Vital statistics of India. Vol. VI, European troops 1870-79
Year: 1870
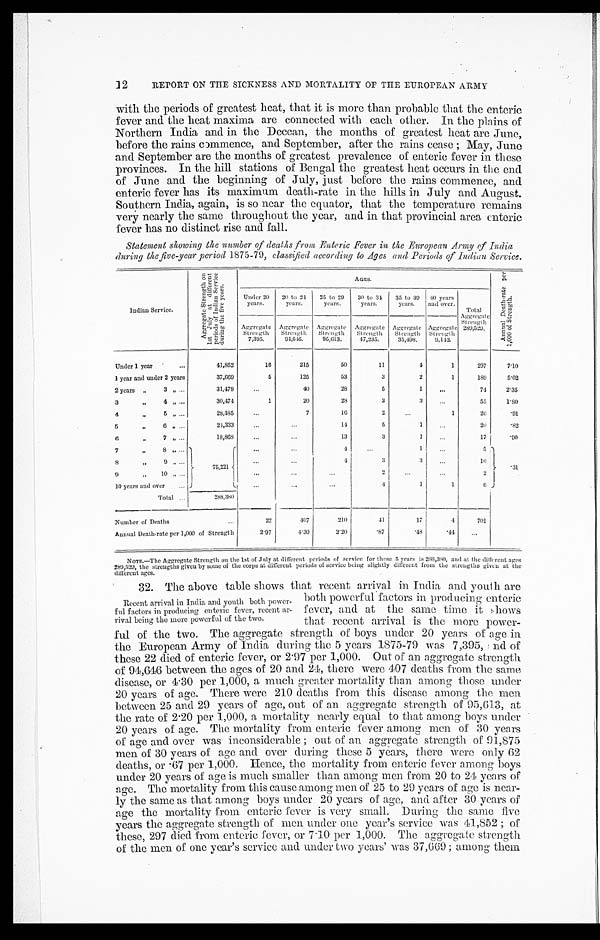
12
REPORT ON THE SICKNESS AND MORTALITY OF THE EUROPEAN ARMY
with the periods of greatest heat, that it is more than probable that the enteric
fever and the heat maxima are connected with each other. In the plains of
Northern India and in the Deccan, the months of greatest heat are June,
before the rains commence, and September, after the rains cease ; May, June
and September are the months of greatest prevalence of enteric fever in these
provinces. In the hill stations of Bengal the greatest heat occurs in the end
of June and the beginning of July, just before the rains commence, and
enteric fever has its maximum death-rate in the hills in. July and August.
Southern India, again, is so near the equator, that the temperature remains
very nearly the same throughout the year, and in that provincial area enteric
fever has no distinct rise and fall.
Statement showing the number of deaths from Enteric Fever in the European Army of India
during the five-year period 1875-79, classified according to Ages and Periods of Indian Service.
Indian Service.
Ag g r e g a t e S t r e n g t h o n
1 s t j u l y a t d i f f e r e n t p e r i o d s o f I n d i a n s e r v i c e d u r i n g t h e f i v e y e a r s .
AGES.
A n n u a l D e a t h - r a t e p e r
1 , 0 0 0 o f s t r e n g t h .
Under 20
years.
20 to 24
years.
25 to 29
years.
30 to 34
years.
35 to 39
years.
40 years
andover. Total
Aggregate Strength
289,529.
Aggregate
Strength
7,395.
Aggregate
Strength
94,646.
Aggregate
Strength
95,613.
Aggregate
Strength
47,235.
—
Aggregate
Strength
35,498.
—
Aggregate
Strength
9,142.
Under 1 year
41,852
16
215
50
11
4
1
297
7.10
1 year and under 2 years
37,669
5
125
53
3
2
1
189
5.02
2 years „
3 „
31,478
...
40
28
5
1
...
74
2.35
3 ,, 4 ,,
30,474
1
20
28
3
3
. . .
55
1.80
4,,5,,
28,485
...
7
16
2 ...
1
26
.91
5 ,, 6 ,,
24,333
...
...
14
5
1 ...
26
. 8 2
6
, , 7 , ,
18,868
...
...
13
3
1
...
17
.90
7
,,
8 ,,
„
75,221
. . .
. . .
4
. . .
1
. . .
5
8
9,,.
17
. . . .
...
4
3
3
. . .
10
9 ,, 10 „
...
. . . ...
2
...
...
2
10 years and over
...
...
. . .
4
1
1
6
Total
288,380
Number of Deaths
22
407
210
4 1
17
4
701
Annual Death-rate per 1,000 of Strength
2.97
4.30
2.20
.87
.48
.44
NOTE—The Aggregate Strength on the 1st of July at different periods of service for these 5 years is 288,380 , and at the different ages
289,329, the strengths given by some of the corps at different periods of service being slightly different front the strengths given at the
different ages.
32. The above table shows that recent arrival in India and youth are
Recent arrival in India and youth both power-
ful factors in producing enteric fever, recent ar-
rival being the more powerful of the two.
both powerful factors in producing enteric
fever, and at the same time it shows
that recent arrival is the more power-
ful of the two. The aggregate strength of boys under 20 years of age in
the European Army of India during the 5 years 1875-79 was 7,305, : nd of
these 22 died of enteric fever, or 2 . 97 per 1,000. Out of an aggregate strength
of 94,646 between the ages of 20 and 24, there were 407 deaths from the same
disease, or 4. 30 per 1,000, a much greater mortality than among those under
20 years of age. There were 210 deaths from this disease among the men
between 25 and 29 years of age, out of an aggregate strength of 95,613, at
the rate of 2.20 per 1,000, a mortality nearly equal to that among boys under
20 years of age. The mortality from enteric fever among men of 30 years
of age and over was inconsiderable ; out of an aggregate strength of 91,875
.
men of 30 years of age and over during these 5 years, there were only 62
deaths, or .67 per 1,000. Hence, the mortality from enteric fever among boys
under 20 years of age is much smaller than among men from 20 to 24 years of
age. The mortality from this cause among men of 25 to 29 years of age is near-
ly the same as that among boys under 20 years of age, and after 30 years of
age the mortality from enteric fever is very small. During the same five
years the aggregate strength of men under one year’s service was 41,852 ;
these, 297 died from enteric fever, or 7.10 per 1,000. The aggregate. strength
of the men of one year’s service and under two years' was 37,669 ; among them